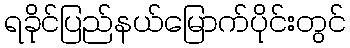
ရခိုင်ပြည်နယ်မြောက်ပိုင်းတွင်